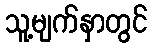
သူ့မျက်နှာတွင်